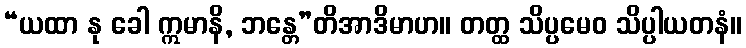
“ယထာ နု ခေါ ဣမာနိ, ဘန္တေ”တိအာဒိမာဟ။ တတ္ထ သိပ္ပမေဝ သိပ္ပါယတနံ။